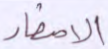
الأصفاد